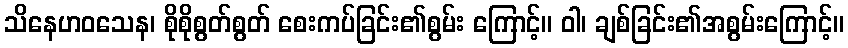
သိနေဟဝသေန၊ စိုစိုစွတ်စွတ် စေးကပ်ခြင်း၏စွမ်း ကြောင့်။ ဝါ၊ ချစ်ခြင်း၏အစွမ်းကြောင့်။